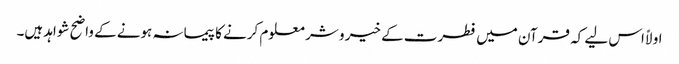
اولاً اس لیے کہ قرآن میں فطرت کے خیر و شر معلوم کرنے کا پیمانہ ہونے کے واضح شواہد ہیں۔